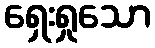
ရှေးရှုသော